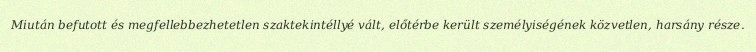
Miután befutott és megfellebbezhetetlen szaktekintéllyé vált, előtérbe került személyiségének közvetlen, harsány része.